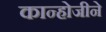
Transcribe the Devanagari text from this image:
कान्होजीने